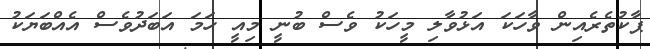
ޕާކުތެރެއިން ވާހަކަ އަޅުވާލި މީހަކު ވެސް ބުނީ މިއީ ހަމަ އަބަދުވެސް އެއްބަޔަކު